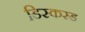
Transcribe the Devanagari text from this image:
डिस्कस्ड